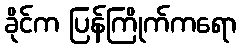
ခိုင်က ပြန်ကြိုက်ကရော